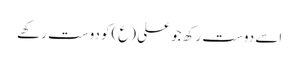
اسے دوست رکھ جو علی (ع)کو دوست رکھے